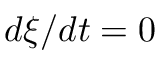
d \xi / d t = 0